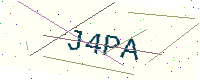
Text: J4PA